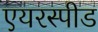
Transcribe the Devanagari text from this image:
एयरस्पीड